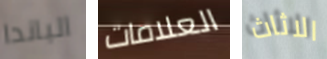
الباندا العلامات الاثاث